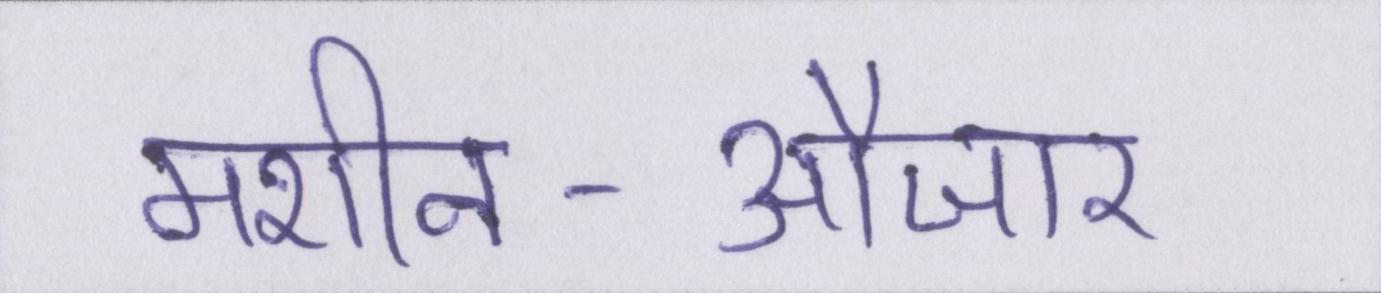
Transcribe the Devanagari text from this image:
मशीन-औजार